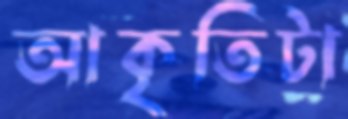
আকৃতিটা